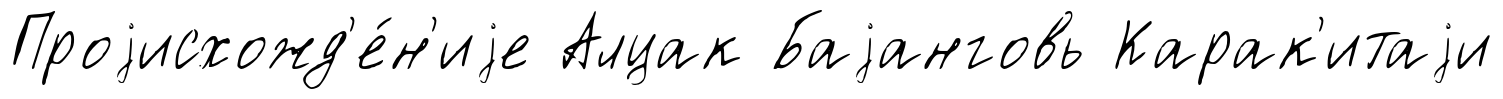
Проjисхожд'е́н'иjе Алцак Баjанговь Карак'итаjи